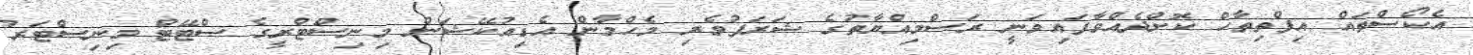
އެކޯސްތައް އިފްތިތާހް ކޮށްދެއްވާފައިވަނީ ރަސްމިއްޔާތުގެ ޝަރަފުވެރި މެހްމާން އެޑިއުކޭޝަން މިނިސްޓްރީގެ ސްޓޭޓް މިނިސްޓަރު